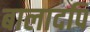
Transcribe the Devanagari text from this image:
बालादपि